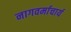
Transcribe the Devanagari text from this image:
नागवर्माचार्य